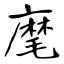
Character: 麾